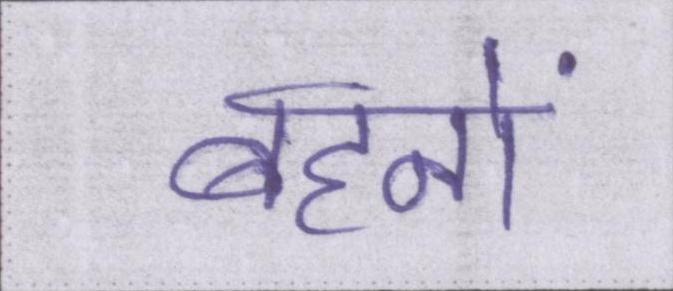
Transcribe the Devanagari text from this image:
बहनों